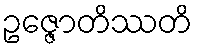
ဥဇ္ဇောတိဿတိ